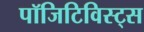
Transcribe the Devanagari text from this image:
पॉजिटिविस्ट्स